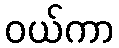
ဝယ်ကာ